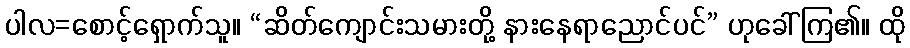
ပါလ=စောင့်ရှောက်သူ။ “ဆိတ်ကျောင်းသမားတို့ နားနေရာညောင်ပင်” ဟုခေါ်ကြ၏။ ထို